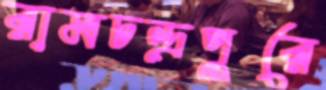
রামচন্দ্রপুরে